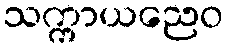
သက္ကာယညေဝ